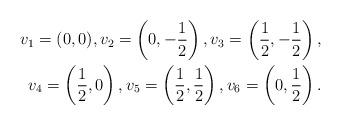
LaTeX: \begin{align*} \begin{aligned}v_1 = (0,0), v_2 = \left( 0, - \frac{1}{2} \right), v_3 = \left( \frac{1}{2}, - \frac{1}{2} \right), \\v_4 = \left(\frac{1}{2} ,0 \right), v_5 = \left( \frac{1}{2}, \frac{1}{2} \right), v_6 = \left( 0, \frac{1}{2} \right).\end{aligned}\end{align*}